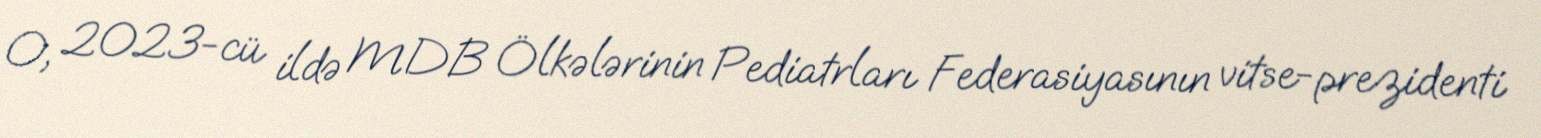
O, 2023-cü ildə MDB Ölkələrinin Pediatrları Federasiyasının vitse-prezidenti